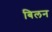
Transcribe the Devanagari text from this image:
बिलन